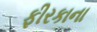
ફીરકાના